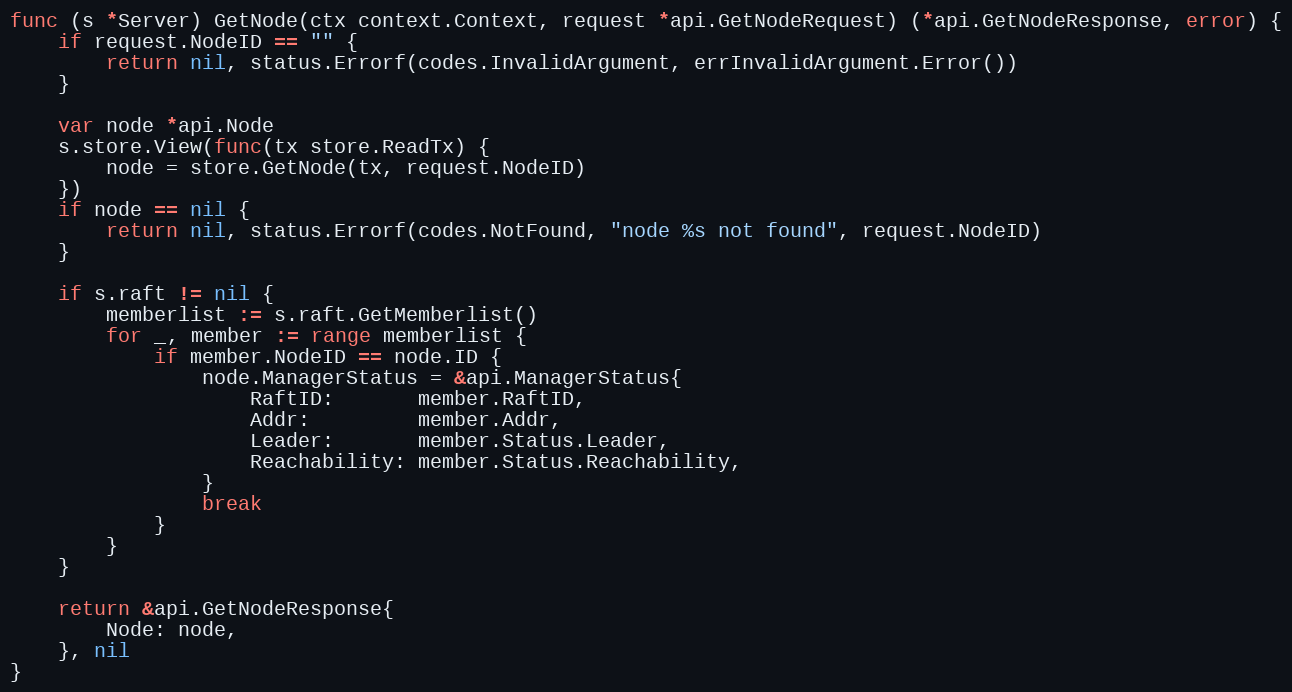
Language: Go
func (s *Server) GetNode(ctx context.Context, request *api.GetNodeRequest) (*api.GetNodeResponse, error) {
	if request.NodeID == "" {
		return nil, status.Errorf(codes.InvalidArgument, errInvalidArgument.Error())
	}

	var node *api.Node
	s.store.View(func(tx store.ReadTx) {
		node = store.GetNode(tx, request.NodeID)
	})
	if node == nil {
		return nil, status.Errorf(codes.NotFound, "node %s not found", request.NodeID)
	}

	if s.raft != nil {
		memberlist := s.raft.GetMemberlist()
		for _, member := range memberlist {
			if member.NodeID == node.ID {
				node.ManagerStatus = &api.ManagerStatus{
					RaftID:       member.RaftID,
					Addr:         member.Addr,
					Leader:       member.Status.Leader,
					Reachability: member.Status.Reachability,
				}
				break
			}
		}
	}

	return &api.GetNodeResponse{
		Node: node,
	}, nil
}